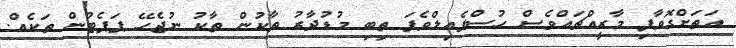
އަތަށްގޮވާފި މާރީއްޗައްވެސް ހުސްފެއިލްވެފަ ތިބި މުޑުދާރު ތާކުން ތާކު ނުޖެހޭ ޕަޕެޓުން ތަކެއް.